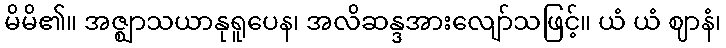
မိမိ၏။ အဇ္ဈာသယာနုရူပေန၊ အလိဆန္ဒအားလျော်သဖြင့်။ ယံ ယံ ဈာနံ၊